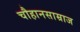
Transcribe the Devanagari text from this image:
चौहानसाम्राज